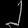
Digit: ၂